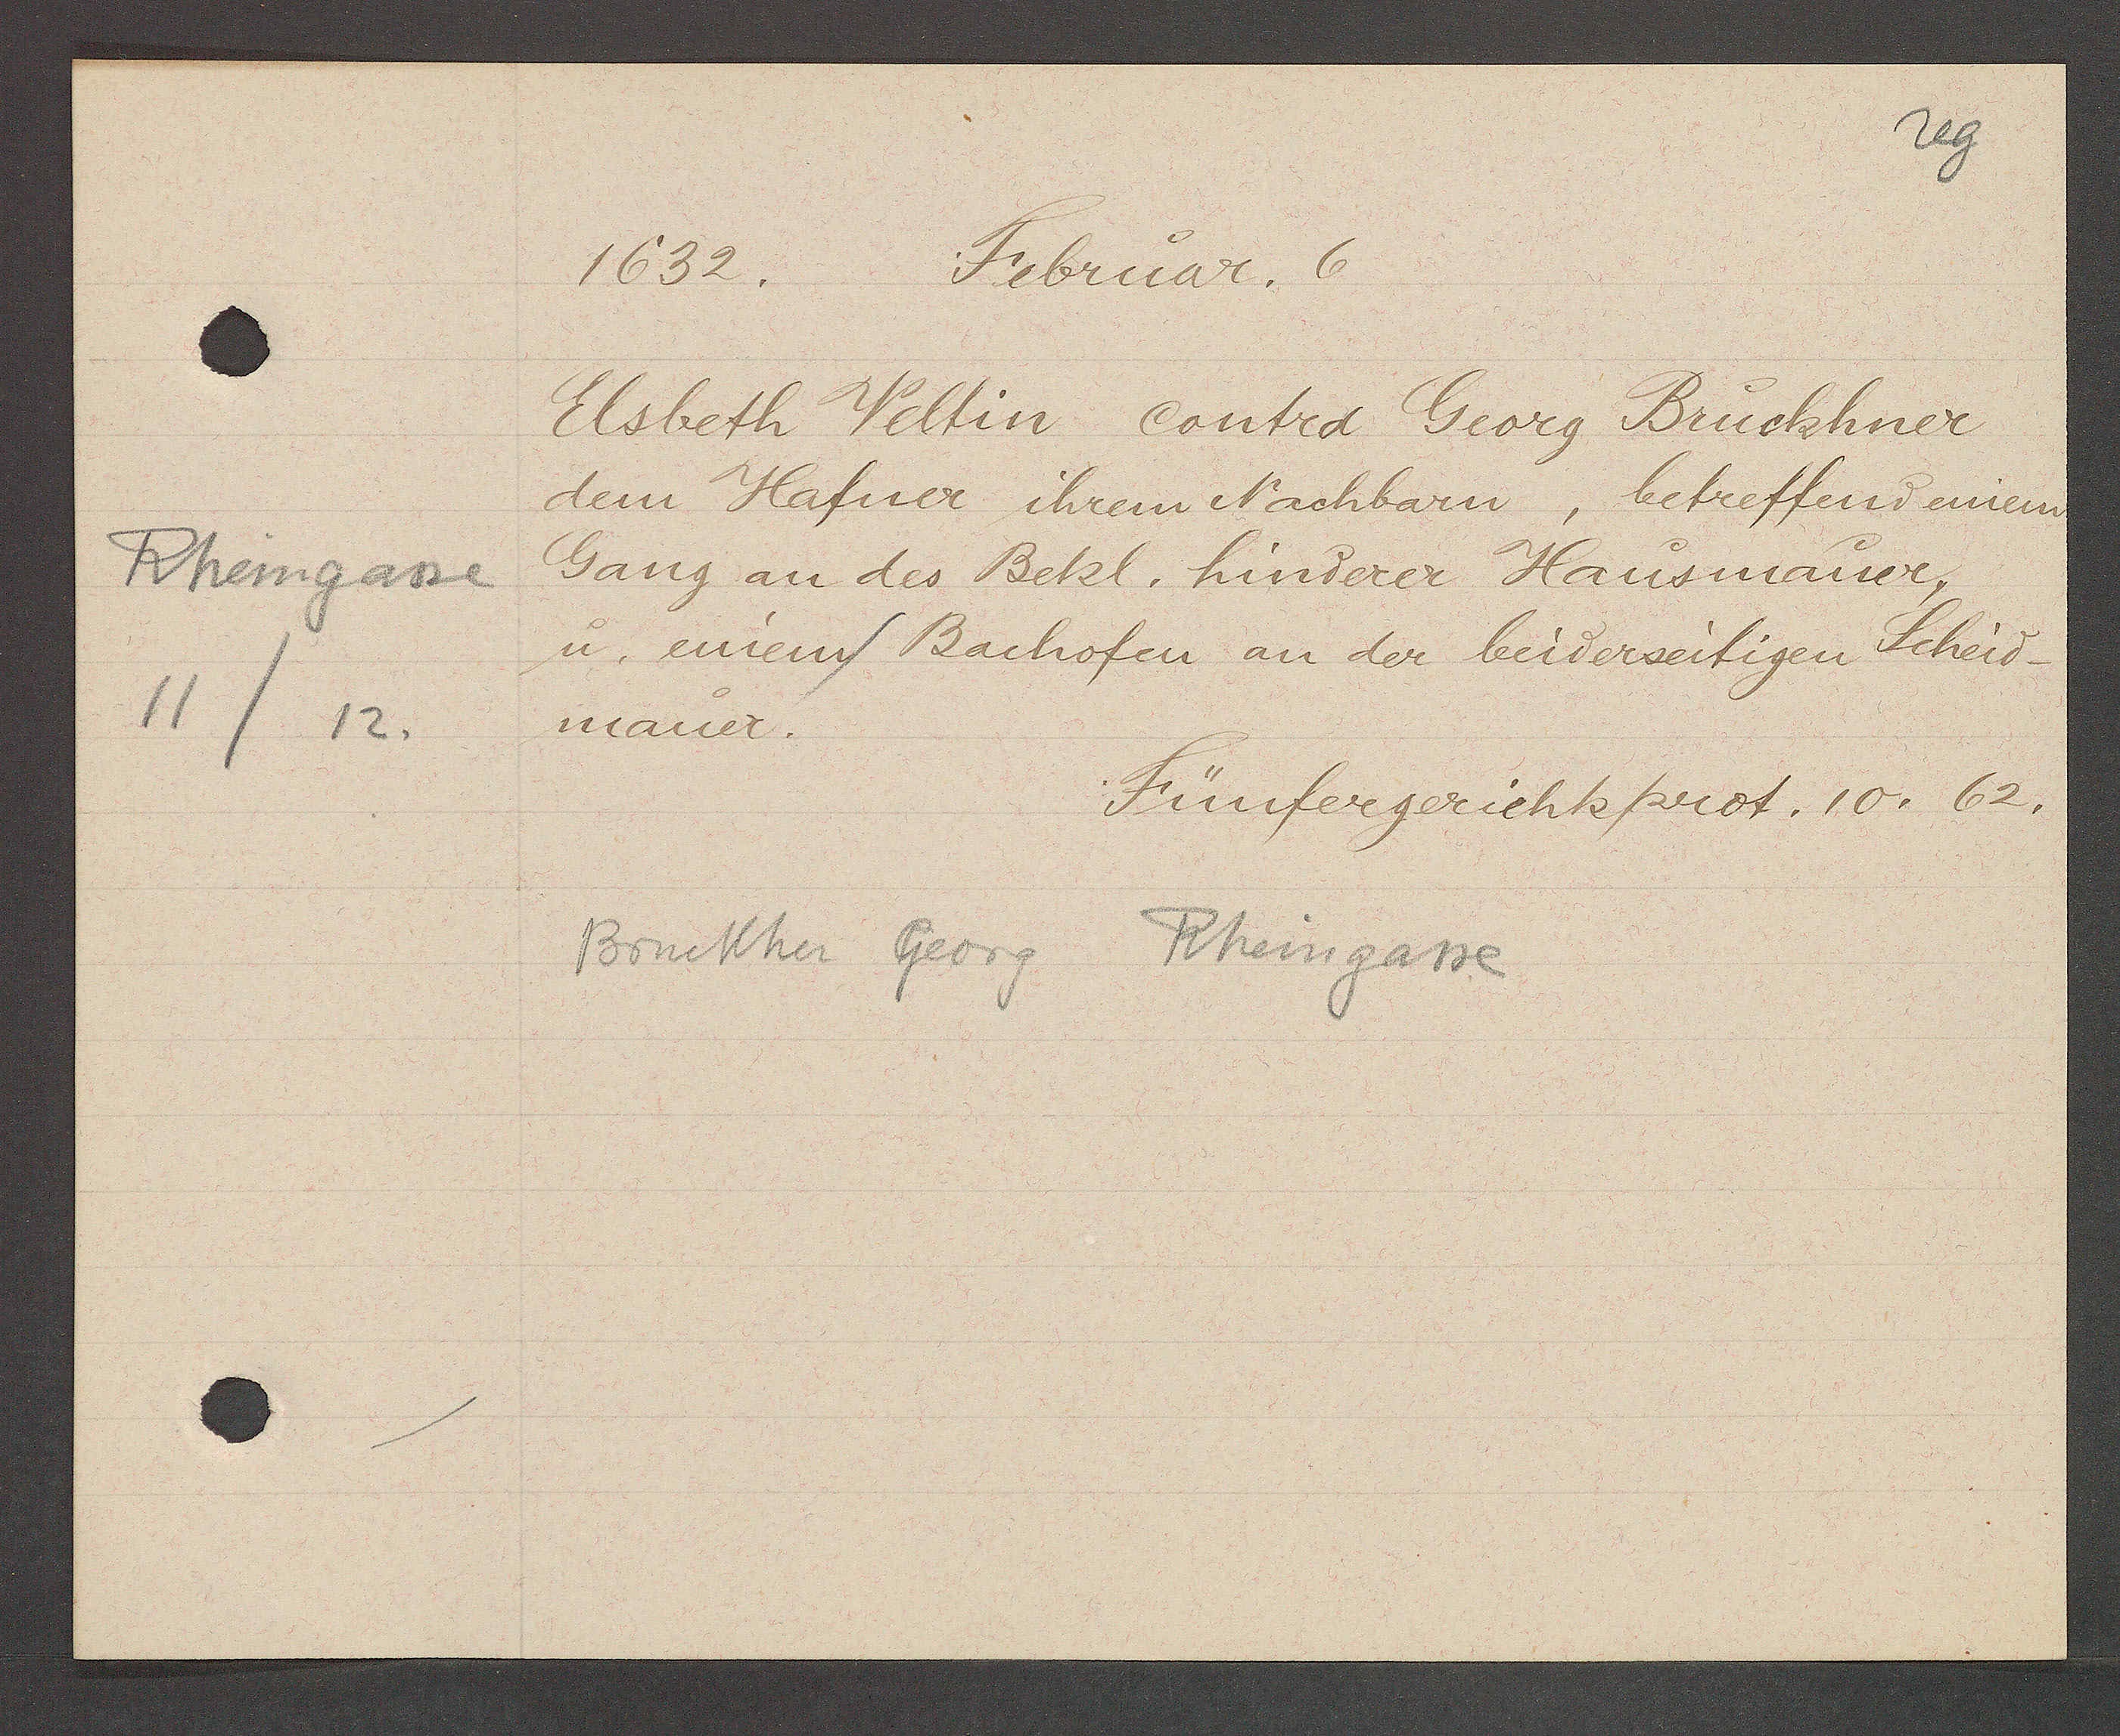
Transcript:
Rheingasse
11/12

1632.
Februar. 6

Elsbeth Weltin contra Georg Bruckhner
dem Hafner ihrem Nachbarn, betreffend einem
Gang an des Bekl. hinderer Hausmauer,
u. enem Bachofen an der beiderseitigen Scheid
mauer.

Bruckher Georg Rheingasse

Fünfergerichtsprot. 10. 62.